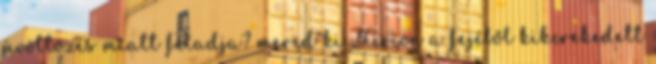
üvöltözés miatt feladja? mered ki Hirion a fejéből kikerekedett